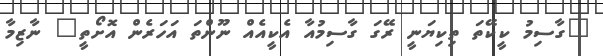
"ގާސިމު ކީކޭތަ ތިކިޔަނީ ރޭގަ ގާސިމުއާ އެކީއެއް ނޫންތަ އަހަރެން އޮށޯތީ" ނާޒިމާ